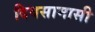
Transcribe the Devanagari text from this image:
दिवसामासी